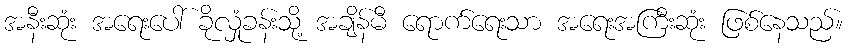
အနီးဆုံး အရေးပေါ် ခိုလှုံခန်းသို့ အချိန်မီ ရောက်ရေးသာ အရေးအကြီးဆုံး ဖြစ်နေသည်။